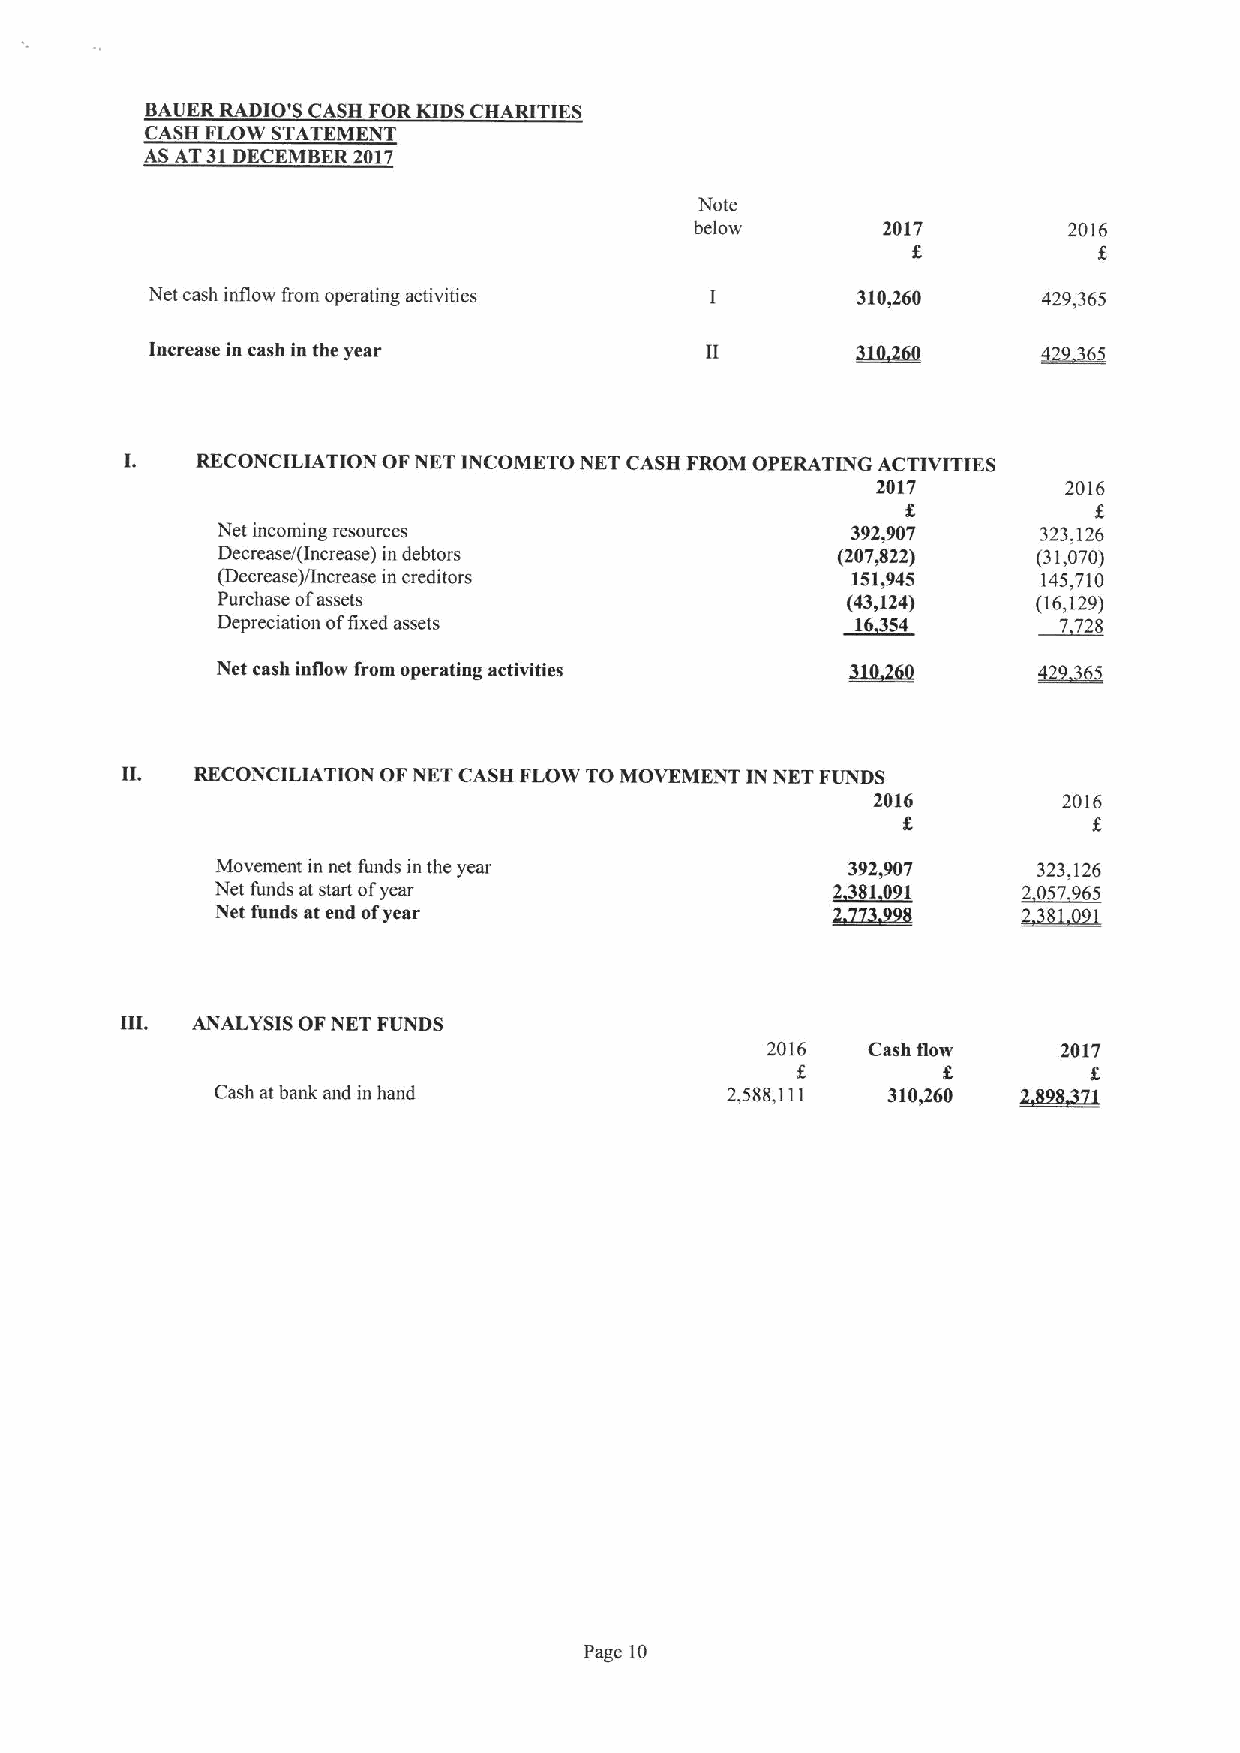
BAUER RADIO'S CASH FOR KIDSCHARITIES
 CASH FLOW STATEMENT
 AS AT31DECEMBER 2017
 Note
 below       2017         2016
 g
 Net cash inflow from operating activities      310,260     429,365
 ~65
 Increase in cash in the year
 RECONCILIATION OFNET INCOMETO NET CASH FROM OPERATING ACTIVITIES
 2017         2016
 Net incoming resources                    392,907      323,126
 Decrease/(Increase) in debtors           (207,822)     (31,070)
 (Decrease)/Increase in creditors          151,945      145,710
 Purchase ofassets                         (43)124)     (16,129)
 Depreciation offixed assets               ~16354        7728
 Net cash inflow from operating activities
 H.   RECONCILIATION OFNET CASH FLOW TO MOVEMENT IN NET FUNDS
 2016        2016
 5
 Movement in net funds in the year         392,907      323,126
 Net funds at start ofyear                ~2381091     2057965
 Net funds at end ofyear                                3 1 I
 HI.  ANALYSIS OFNET FUNDS
 2016  Cash flow    2017
 Cash at bank and in hand          2,588,111  310,260 2JBlQZl
 Page 10